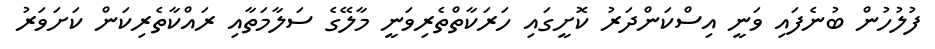
ފުލުހުން ބުނެފައި ވަނީ އިސްކަންދަރު ކޮށީގައި ހަރަކާތްތެރިވަނީ މާލޭގެ ސަލާމަތާއި ރައްކާތެރިކަން ކަށަވަރު